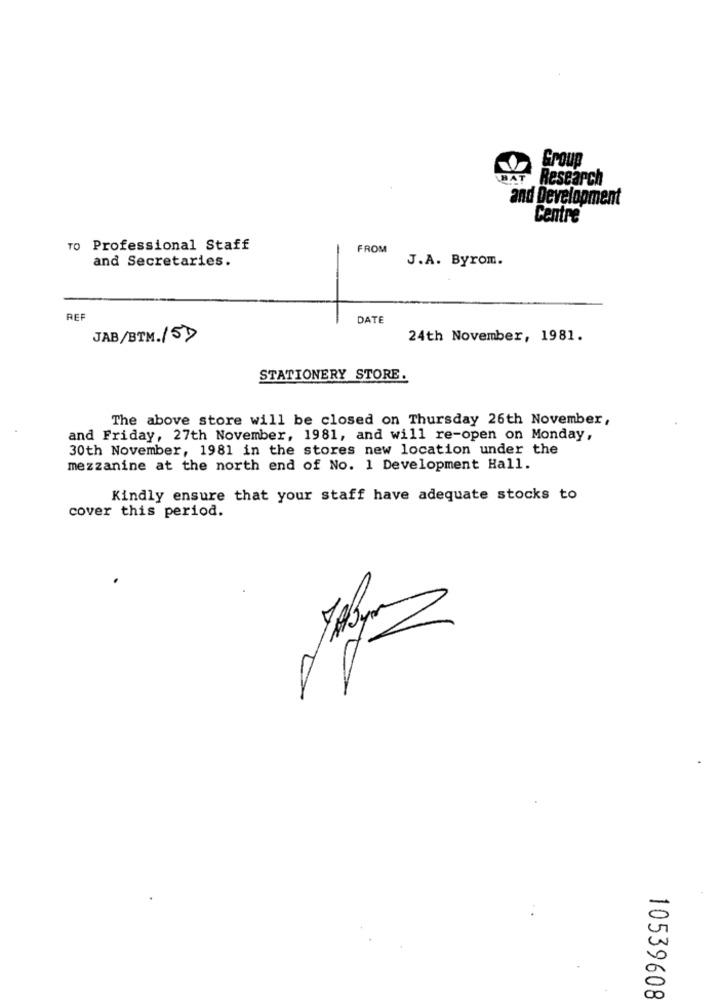
Group
DAT Research
and Development
Centre
To Professional Staff
FROM
and Secretaries.
J.A. Byrom.
REF
DATE
JAB/BTM./57
24th November, 1981.
STATIONERY STORE.
The above store will be closed on Thursday 26th November,
and Friday, 27th November, 1981, and will re-open on Monday,
30th November, 1981 in the stores new location under the
mezzanine at the north end of No. 1 Development Hall.
Kindly ensure that your staff have adequate stocks to
cover this period.
5
0
10539608